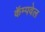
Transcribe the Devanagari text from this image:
कॅम्पवेल